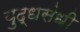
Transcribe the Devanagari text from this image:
युद्धसंधी